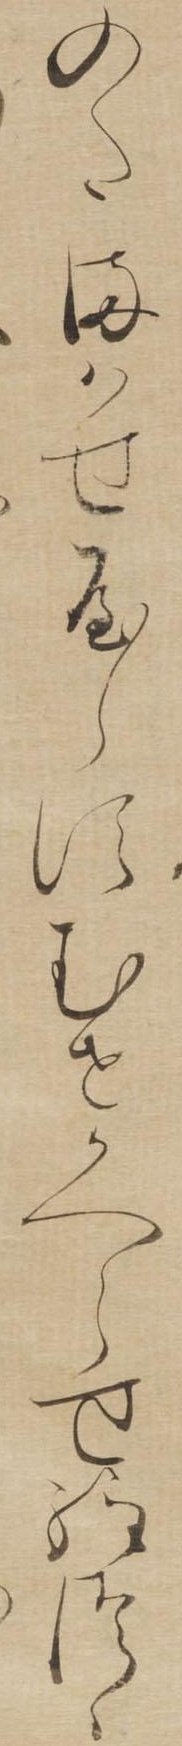
のたまはせやらすむせかへらせ給つゝ